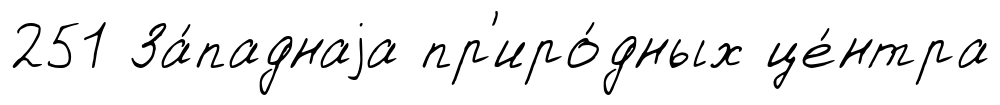
251 За́паднаjа пр'иро́дных це́нтра